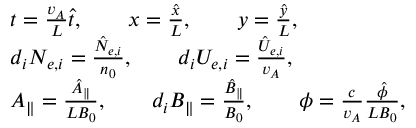
\begin{array} { r l } & { t = \frac { v _ { A } } { L } \hat { t } , \qquad x = \frac { \hat { x } } { L } , \qquad y = \frac { \hat { y } } { L } , } \\ & { d _ { i } N _ { e , i } = \frac { \hat { N } _ { e , i } } { n _ { 0 } } , \qquad d _ { i } U _ { e , i } = \frac { \hat { U } _ { e , i } } { v _ { A } } , } \\ & { A _ { \parallel } = \frac { \hat { A } _ { \parallel } } { L B _ { 0 } } , \qquad d _ { i } B _ { \parallel } = \frac { \hat { B } _ { \parallel } } { B _ { 0 } } , \qquad \phi = \frac { c } { v _ { A } } \frac { \hat { \phi } } { L B _ { 0 } } , } \end{array}